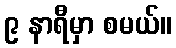
၉ နာရီမှာ စမယ်။